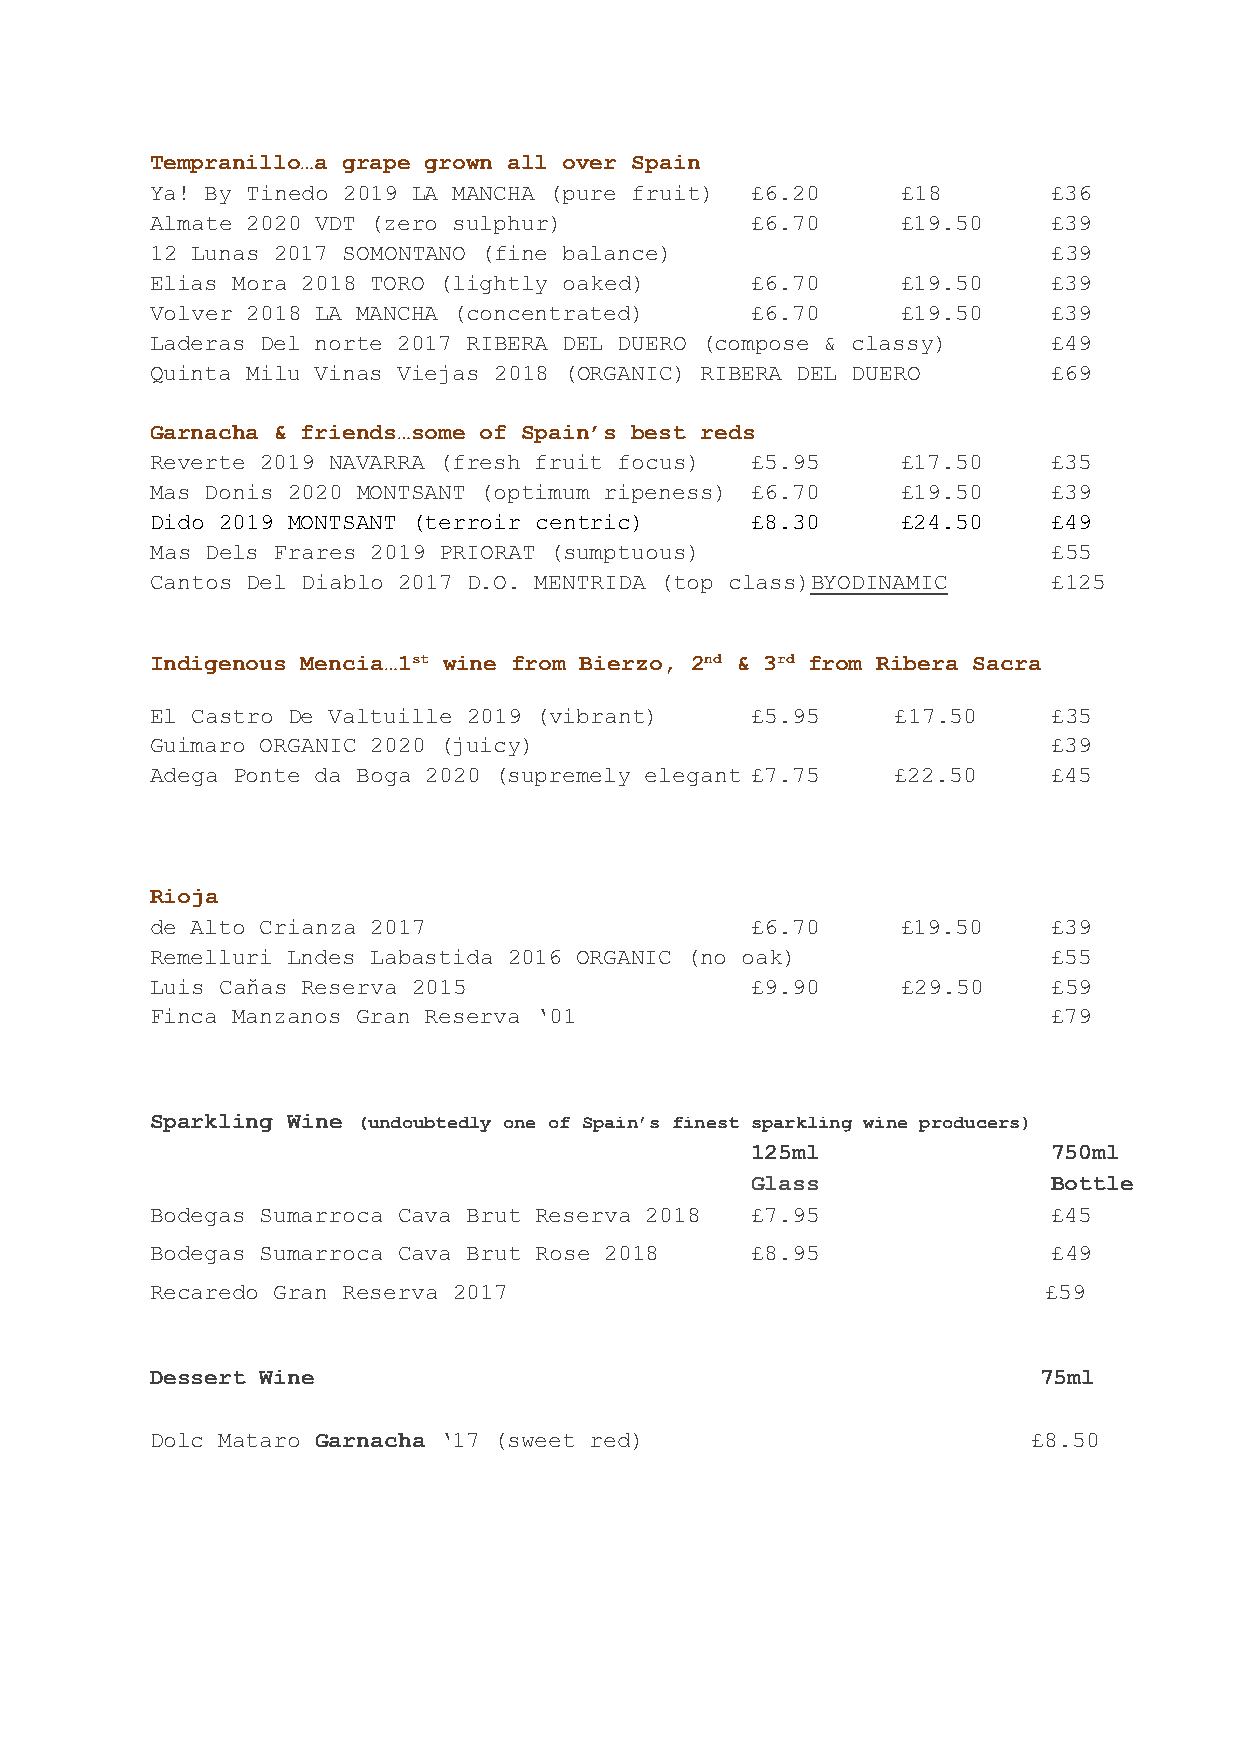
Tempranillo…a grape grown all over Spain
 Ya! By Tinedo 2019 LA MANCHA (pure fruit) £6.20   £18       £36
 Almate 2020 VDT (zero sulphur)          £6.70     £19.50    £39
 12 Lunas 2017 SOMONTANO (fine balance)                      £39
 Elias Mora 2018 TORO (lightly oaked)    £6.70     £19.50    £39
 Volver 2018 LA MANCHA (concentrated)    £6.70     £19.50    £39
 Laderas Del norte 2017 RIBERA DEL DUERO (compose & classy)  £49
 Quinta Milu Vinas Viejas 2018 (ORGANIC) RIBERA DEL DUERO    £69
 Garnacha & friends…some of Spain’s best reds
 Reverte 2019 NAVARRA (fresh fruit focus) £5.95    £17.50    £35
 Mas Donis 2020 MONTSANT (optimum ripeness) £6.70  £19.50    £39
 Dido 2019 MONTSANT (terroir centric)    £8.30     £24.50    £49
 Mas Dels Frares 2019 PRIORAT (sumptuous)                    £55
 Cantos Del Diablo 2017 D.O. MENTRIDA (top class)BYODINAMIC  £125
 Indigenous Mencia…1st wine from Bierzo, 2nd & 3rd from Ribera Sacra
 El Castro De Valtuille 2019 (vibrant)   £5.95    £17.50     £35
 Guimaro ORGANIC 2020 (juicy)                                £39
 Adega Ponte da Boga 2020 (supremely elegant £7.75 £22.50    £45
 Rioja
 de Alto Crianza 2017                    £6.70     £19.50    £39
 Remelluri Lndes Labastida 2016 ORGANIC (no oak)             £55
 Luis Caňas Reserva 2015                 £9.90     £29.50    £59
 Finca Manzanos Gran Reserva ‘01                             £79
 Sparkling Wine (undoubtedly one of Spain’s finest sparkling wine producers)
 125ml               750ml
 Glass               Bottle
 Bodegas Sumarroca Cava Brut Reserva 2018 £7.95              £45
 Bodegas Sumarroca Cava Brut Rose 2018   £8.95               £49
 Recaredo Gran Reserva 2017                                 £59
 Dessert Wine                                               75ml
 Dolc Mataro Garnacha ‘17 (sweet red)                      £8.50